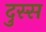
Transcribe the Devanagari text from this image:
दुस्स